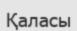
Қаласы